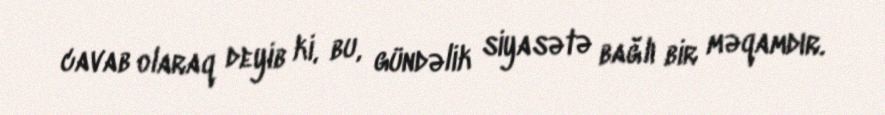
cavab olaraq deyib ki, bu, gündəlik siyasətə bağlı bir məqamdır.